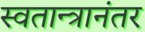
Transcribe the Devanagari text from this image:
स्वतान्त्रानंतर